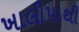
ખાલીપાથી